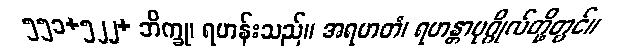
၅၅၁+၅၂၂+ ဘိက္ခု၊ ရဟန်းသည်။ အရဟတံ၊ ရဟန္တာပုဂ္ဂိုလ်တို့တွင်။